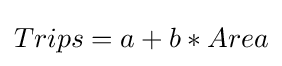
Trips=a+b*Area